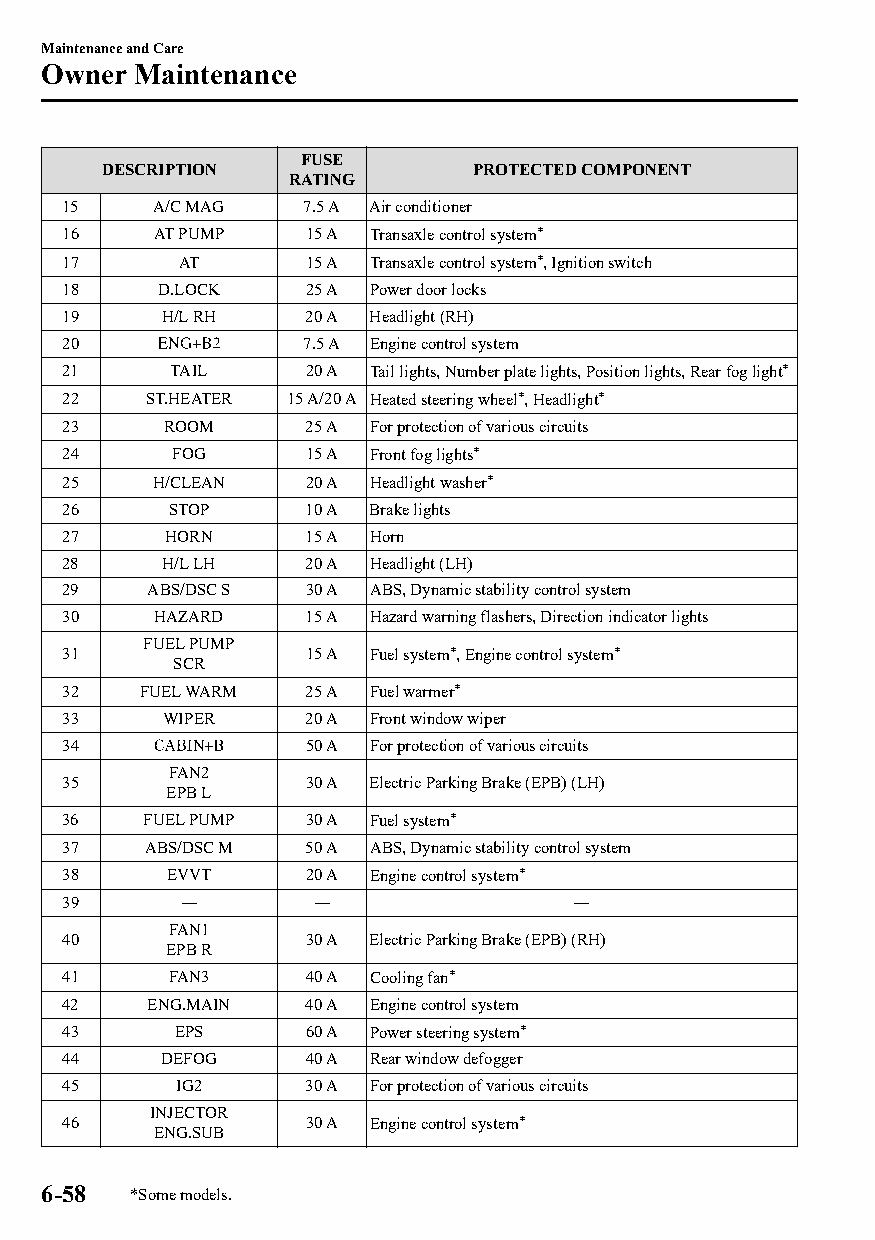
Maintenance and Care
 Owner  Maintenance
 FUSE
 DESCRIPTION              PROTECTED COMPONENT
 RATING
 15    A/C MAG   7.5 A Air conditioner
 16    AT PUMP   15 A Transaxle control system*
 17      AT      15 A Transaxle control system*, Ignition switch
 18    D.LOCK    25 A Power door locks
 19    H/L RH    20 A Headlight (RH)
 20              7.5 A Engine control system
 21     TAIL     20 A Tail lights, Number plate lights, Position lights, Rear fog light*
 22   ST.HEATER 15 A/20 A Heated steering wheel*, Headlight*
 23     ROOM     25 A For protection of various circuits
 24     FOG      15 A Front fog lights*
 25    H/CLEAN   20 A Headlight washer*
 26     STOP     10 A Brake lights
 27     HORN     15 A Horn
 28    H/L LH    20 A Headlight (LH)
 29   ABS/DSC S  30 A ABS, Dynamic stability control system
 30    HAZARD    15 A Hazard warning flashers, Direction indicator lights
 FUEL PUMP
 31              15 A Fuel system*, Engine control system*
 SCR
 32   FUEL WARM  25 A Fuel warmer*
 33     WIPER    20 A Front window wiper
 34              50 A For protection of various circuits
 FAN2
 35              30 A Electric Parking Brake (EPB) (LH)
 EPB L
 36   FUEL PUMP  30 A Fuel system*
 37   ABS/DSC M  50 A ABS, Dynamic stability control system
 38     EVVT     20 A Engine control system*
 39      ―       ―                 ―
 FAN1
 40              30 A Electric Parking Brake (EPB) (RH)
 EPB R
 41     FAN3     40 A Cooling fan*
 42   ENG.MAIN   40 A Engine control system
 43     EPS      60 A Power steering system*
 44    DEFOG     40 A Rear window defogger
 45     IG2      30 A For protection of various circuits
 INJECTOR
 46              30 A Engine control system*
 ENG.SUB
 6-58  *Some models.
 CX-3_8GT4-EE-18D_Edition4                  2018-9-6 18:32:19